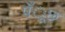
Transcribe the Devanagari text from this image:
पँूछ